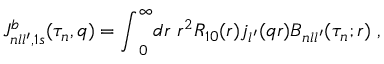
{ \cal J } _ { n l l ^ { \prime } , 1 s } ^ { b } ( \tau _ { n } , q ) = { \int } _ { 0 } ^ { \infty } d r \ r ^ { 2 } R _ { 1 0 } ( r ) j _ { l ^ { \prime } } ( q r ) { \cal B } _ { n l l ^ { \prime } } ( \tau _ { n } ; r ) \; ,